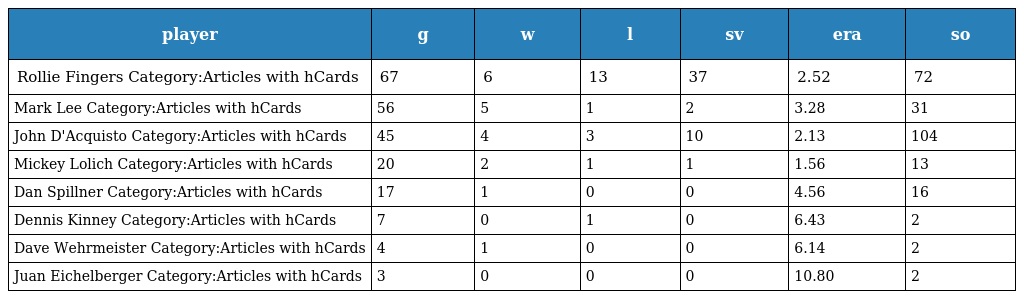
| player | g | w | l | sv | era | so |
 | --- | --- | --- | --- | --- | --- | --- |
 | Rollie Fingers Category:Articles with hCards | 67 | 6 | 13 | 37 | 2.52 | 72 |
 | Mark Lee Category:Articles with hCards | 56 | 5 | 1 | 2 | 3.28 | 31 |
 | John D'Acquisto Category:Articles with hCards | 45 | 4 | 3 | 10 | 2.13 | 104 |
 | Mickey Lolich Category:Articles with hCards | 20 | 2 | 1 | 1 | 1.56 | 13 |
 | Dan Spillner Category:Articles with hCards | 17 | 1 | 0 | 0 | 4.56 | 16 |
 | Dennis Kinney Category:Articles with hCards | 7 | 0 | 1 | 0 | 6.43 | 2 |
 | Dave Wehrmeister Category:Articles with hCards | 4 | 1 | 0 | 0 | 6.14 | 2 |
 | Juan Eichelberger Category:Articles with hCards | 3 | 0 | 0 | 0 | 10.80 | 2 |